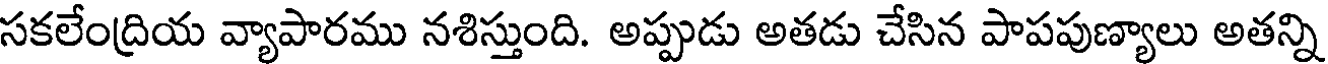
సకలేంద్రియ వ్యాపారము నశిస్తుంది. అప్పుడు అతడు చేసిన పాపపుణ్యాలు అతన్ని